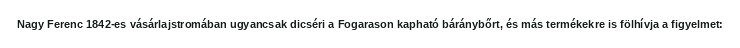
Nagy Ferenc 1842-es vásárlajstromában ugyancsak dicséri a Fogarason kapható báránybőrt, és más termékekre is fölhívja a figyelmet: